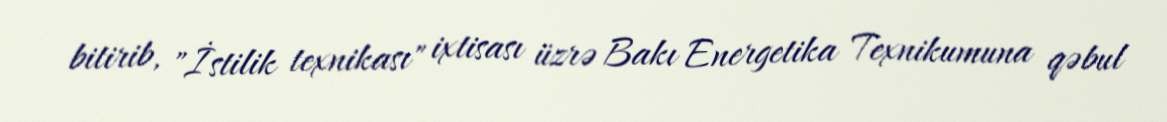
bitirib, "İstilik texnikası" ixtisası üzrə Bakı Energetika Texnikumuna qəbul